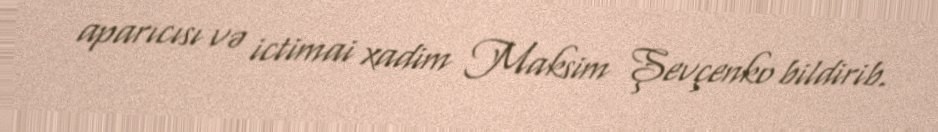
aparıcısı və ictimai xadim Maksim Şevçenko bildirib.